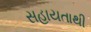
સહાયતાથી